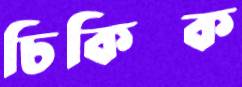
চিকিত্ক